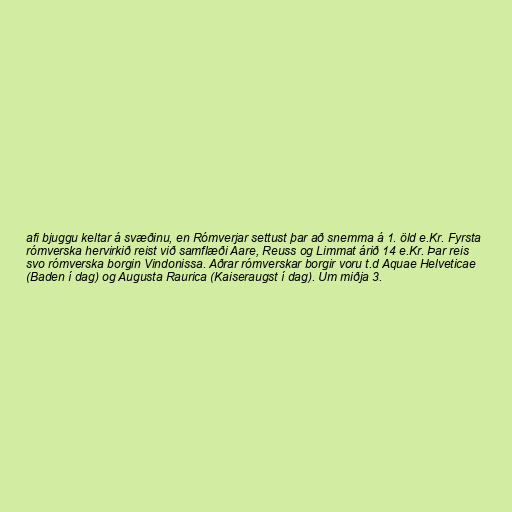
afi bjuggu keltar á svæðinu, en Rómverjar settust þar að snemma á 1. öld e.Kr. Fyrsta
rómverska hervirkið reist við samflæði Aare, Reuss og Limmat árið 14 e.Kr. Þar reis
svo rómverska borgin Vindonissa. Aðrar rómverskar borgir voru t.d Aquae Helveticae
(Baden í dag) og Augusta Raurica (Kaiseraugst í dag). Um miðja 3.